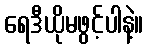
ရေဒီယိုမဖွင့်ပါနဲ့။